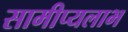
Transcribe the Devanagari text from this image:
सामीप्यलाभ